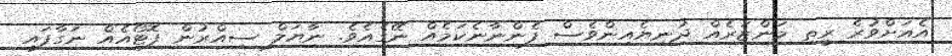
އެއަށްވުރެ ރީތި މަންޒަރެއް ދުނިޔެއިންވެސް ފެންނާނެކަމެއް ނޭގެއެވެ. ނާޔަލް ސިއްރުން ފޮޓޯއެއް ނަގާފައި